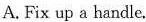
A. Fix up a handle.